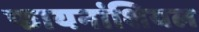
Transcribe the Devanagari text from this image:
फायनांशियल